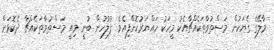
މާލޭގެ ގެޔަކުން މަސްތުވާތަކެއްޗާއެކު މީހަކު ހައްޔަރުކޮށްފިއެވެ. ފުލުހުން ބުނީ މިއީ މަސްތުވާތަކެއްޗާ ދެކޮޅަށް